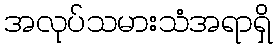
အလုပ်သမားသံအရာရှိ